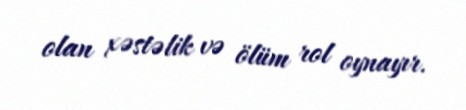
olan xəstəlik və ölüm rol oynayır.